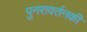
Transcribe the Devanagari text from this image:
पुनरावर्तनकी